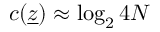
c ( \underline { { z } } ) \approx \log _ { 2 } { 4 N }